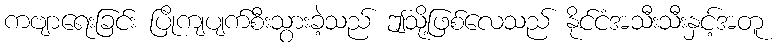
ကဗျာရေးခြင်း ပြိုကျပျက်စီးသွားခဲ့သည် ဤသို့ဖြစ်လေသည် နိုင်ငံအသီးသီးနှင့်အတူ